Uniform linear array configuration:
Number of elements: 4
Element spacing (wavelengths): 0.5
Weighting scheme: binomial
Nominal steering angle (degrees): -15
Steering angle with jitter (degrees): -14.766
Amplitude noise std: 0.05
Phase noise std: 0.05

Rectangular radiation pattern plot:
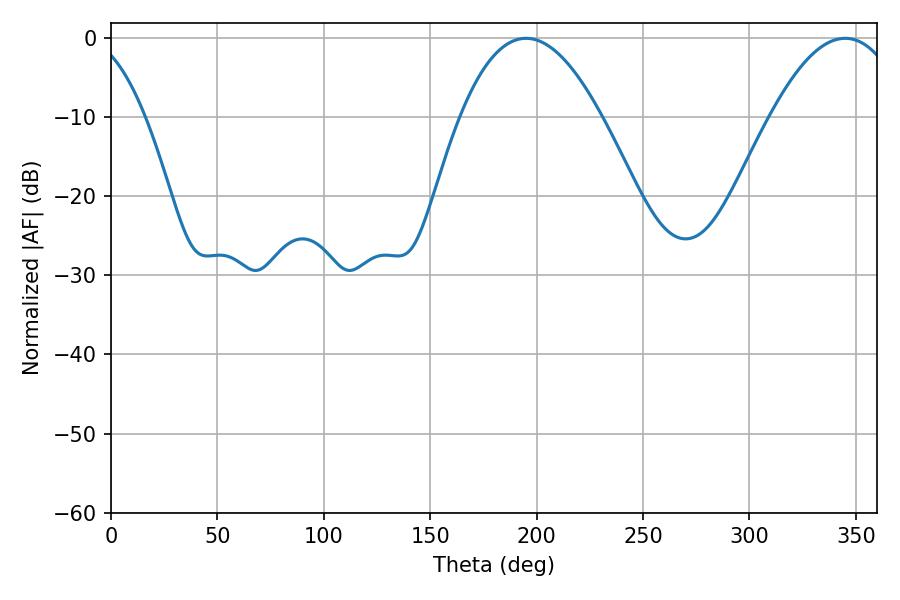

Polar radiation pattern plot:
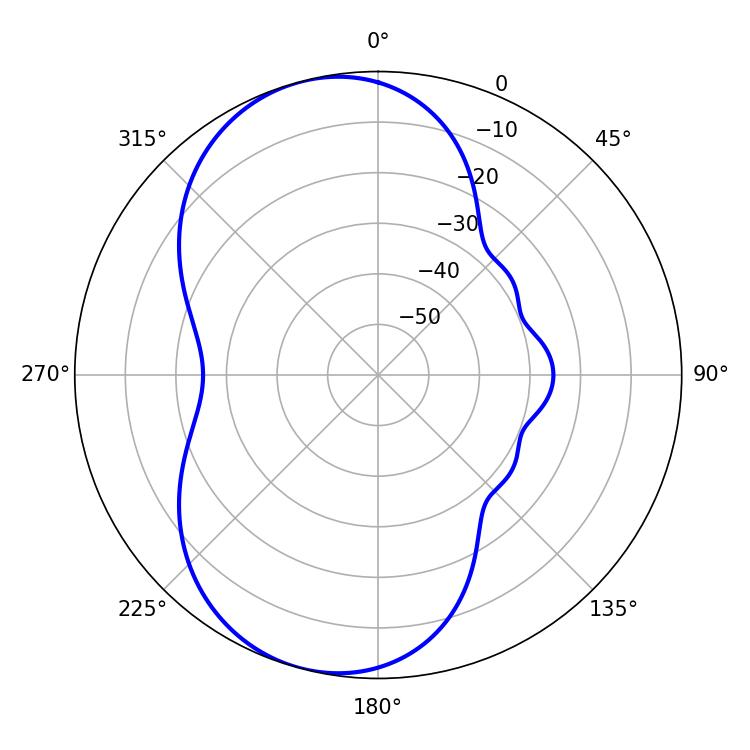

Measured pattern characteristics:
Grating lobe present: FALSE
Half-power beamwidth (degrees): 36.54
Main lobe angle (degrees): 194.94